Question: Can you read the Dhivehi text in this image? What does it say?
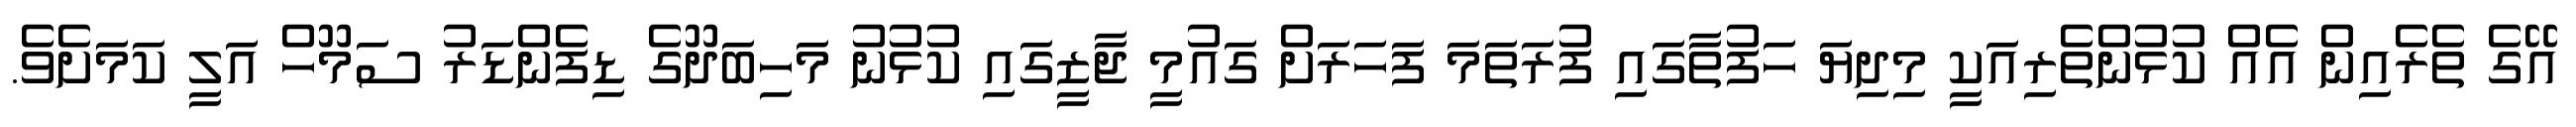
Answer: އޭގެ ތެރެއިން އެއް ކުޅުންތެރިއަކީ މިދިޔަ ހަފުތާގައި ފުރަތަމަ ފަހަރަށް ގައުމީ ޖާޒީގައި ކުޅުނު މަހިބަދޫގެ ޑިފެންޑަރު ސަމޫހް އަލީ ކަމަށެވެ.